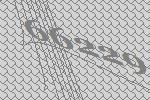
66229